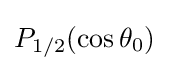
P_{1/2}(\cos \theta _{0})